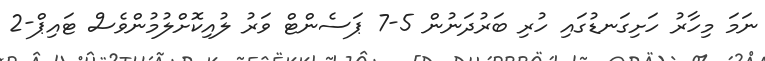
ނަމަ މިހާރު ހަށިގަނޑުގައި ހުރި ބަރުދަނުން 5-7 ޕަސެންޓް ވަރު ލުއިކޮށްލުމުންވެސް ޓައިޕް-2